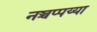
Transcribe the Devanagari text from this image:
नञ्चप्पय्या